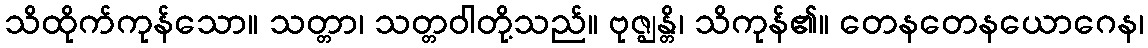
သိထိုက်ကုန်သော။ သတ္တာ၊ သတ္တဝါတို့သည်။ ဗုဇ္ဈန္တိ၊ သိကုန်၏။ တေနတေနယောဂေန၊